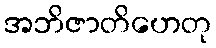
အဘိဇာတိဟေတု